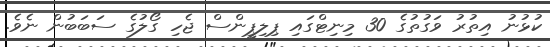
ކުޅުނު އިތުރު ވަގުތުގެ 30 މިނިޓްގައި ޕިލިޕީންސް ޖެހި ގޯލުގެ ސަބަބުން ނެވެ.